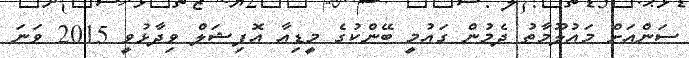
ސަންއަށް މައުލޫމާތު ދެމުން ގައުމީ ބޭންކުގެ މީޑިއާ އޮފިޝަލް ވިދާޅުވީ 2015 ވަނަ